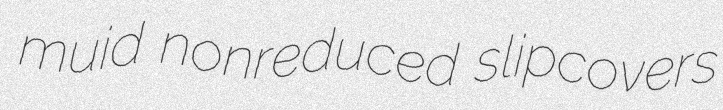
muid nonreduced slipcovers